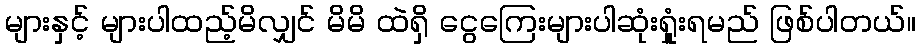
များနှင့် များပါထည့်မိလျှင် မိမိ ထဲရှိ ငွေကြေးများပါဆုံးရှုူံးရမည် ဖြစ်ပါတယ်။